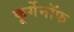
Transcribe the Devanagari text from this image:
कूर्गेनॉफ